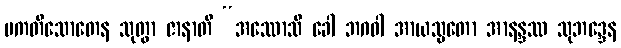
ပကတိသောတေန သုတွာ ဇာနာတိ “အဿောသိ ခေါ ဘဂဝါ အာယသ္မတော အာနန္ဒဿ သုဘဒ္ဒေန